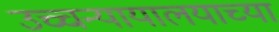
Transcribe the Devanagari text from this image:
उच्चन्यायालयाच्या